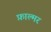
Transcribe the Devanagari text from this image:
फ़ाल्मर